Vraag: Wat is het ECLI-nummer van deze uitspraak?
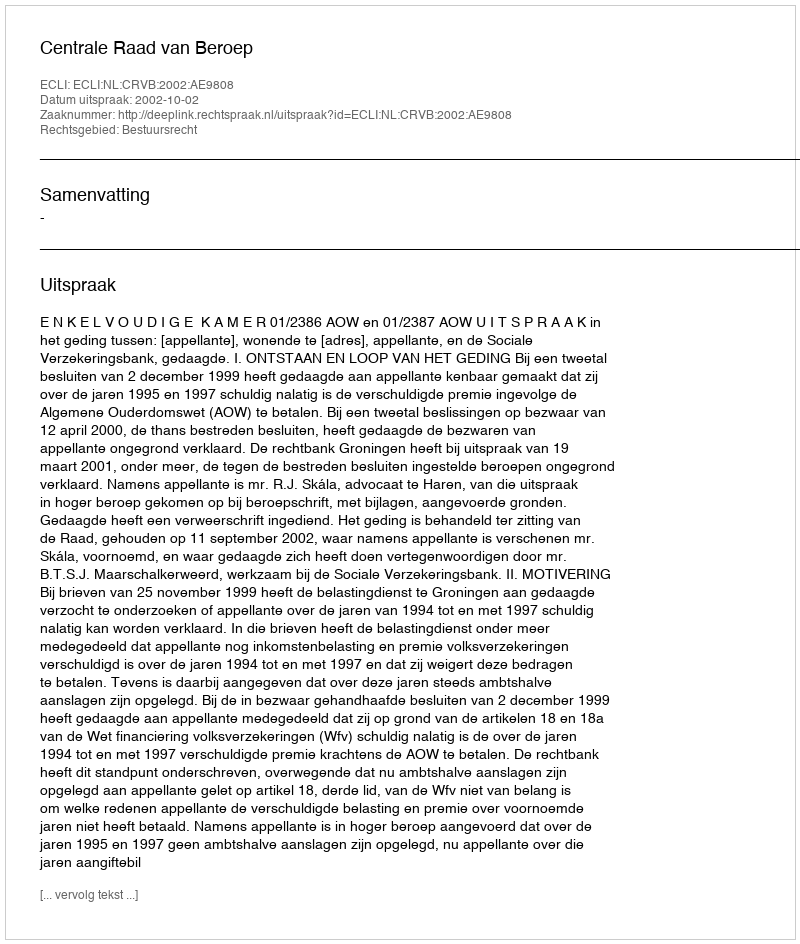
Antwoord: ECLI:NL:CRVB:2002:AE9808